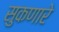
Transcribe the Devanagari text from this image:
सुकणारे